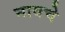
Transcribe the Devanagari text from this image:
नावचे